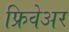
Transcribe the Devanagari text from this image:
फ्रिवेअर